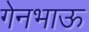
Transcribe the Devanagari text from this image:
गेनभाऊ